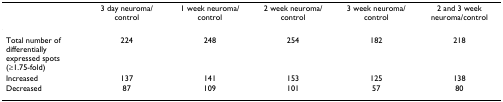
<table><thead><tr><td></td><td><b>3 day neuroma/control</b></td><td><b>1 week neuroma/control</b></td><td><b>2 week neuroma/control</b></td><td><b>3 week neuroma/control</b></td><td><b>2 and 3 week neuroma/control</b></td></tr></thead><tbody><tr><td>Total number of differentially expressed spots (≥1.75-fold)</td><td>224</td><td>248</td><td>254</td><td>182</td><td>218</td></tr><tr><td>Increased</td><td>137</td><td>141</td><td>153</td><td>125</td><td>138</td></tr><tr><td>Decreased</td><td>87</td><td>109</td><td>101</td><td>57</td><td>80</td></tr></tbody></table>